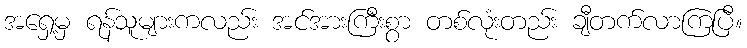
အရှေ့မှ ရန်သူများကလည်း အင်အားကြီးစွာ တစ်လုံးတည်း ချီတက်လာကြပြီ။